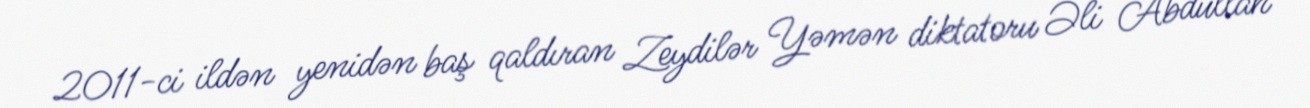
2011-ci ildən yenidən baş qaldıran Zeydilər Yəmən diktatoru Əli Abdullah